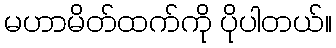
မဟာမိတ်ထက်ကို ပိုပါတယ်။